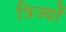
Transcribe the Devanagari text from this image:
त्रिज्यों